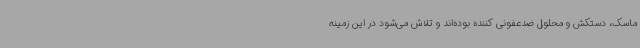
ماسک، دستکش و محلول ضدعفونی کننده بوده‌اند و تلاش می‌شود در این زمینه